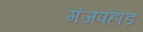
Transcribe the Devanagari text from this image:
गंजपहाड़